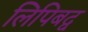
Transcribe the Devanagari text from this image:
लिपिबद्व